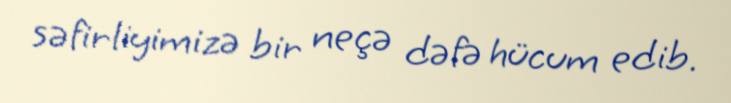
səfirliyimizə bir neçə dəfə hücum edib.